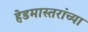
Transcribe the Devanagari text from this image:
हेडमास्तरांच्या